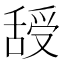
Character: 𦧦